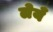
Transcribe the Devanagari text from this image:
लेयँ